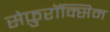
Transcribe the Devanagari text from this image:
सेफ़ुरॉक्सिम